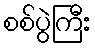
စစ်ပွဲကြီး